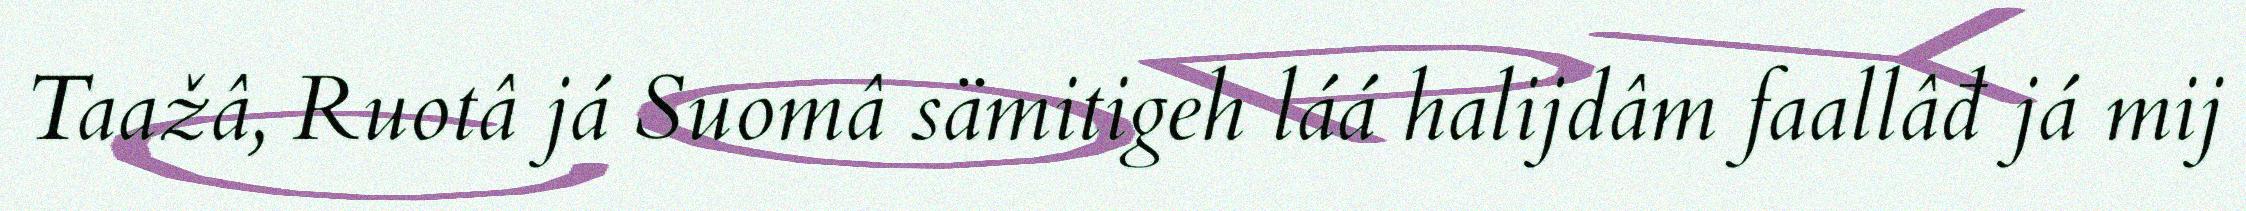
Taažâ, Ruotâ já Suomâ sämitigeh láá halijdâm faallâđ já mij